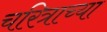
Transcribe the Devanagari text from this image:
चरित्राच्या